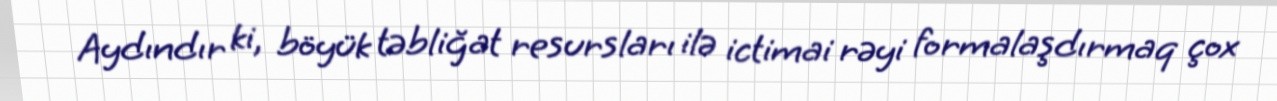
Aydındır ki, böyük təbliğat resursları ilə ictimai rəyi formalaşdırmaq çox